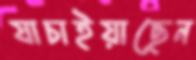
যাচাইয়াছেন